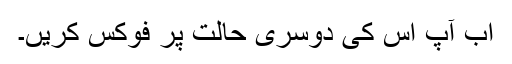
اب آپ اس کی دوسری حالت پر فوکس کریں۔